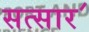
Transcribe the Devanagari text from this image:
सत्सार॔